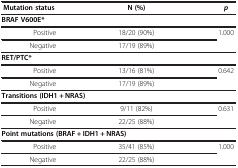
<table><thead><tr><td><b> Mutation status</b></td><td><b>N (%)</b></td><td><b><i>p</i></b></td></tr></thead><tbody><tr><td colspan="3"><b>BRAF V600E*</b></td></tr><tr><td>Positive</td><td>18/20 (90%)</td><td rowspan="2">1.000</td></tr><tr><td>Negative</td><td>17/19 (89%)</td></tr><tr><td colspan="3"><b>RET/PTC*</b></td></tr><tr><td>Positive</td><td>13/16 (81%)</td><td rowspan="2">0.642</td></tr><tr><td>Negative</td><td>17/19 (89%)</td></tr><tr><td colspan="3"><b>Transitions (IDH1 + NRAS)</b></td></tr><tr><td>Positive</td><td>9/11 (82%)</td><td rowspan="2">0.631</td></tr><tr><td>Negative</td><td>22/25 (88%)</td></tr><tr><td colspan="3"><b>Point mutations (BRAF + IDH1 + NRAS)</b></td></tr><tr><td>Positive</td><td>35/41 (85%)</td><td rowspan="2">1.000</td></tr><tr><td>Negative</td><td>22/25 (88%)</td></tr></tbody></table>